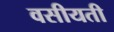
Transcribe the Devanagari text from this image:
वसीयती